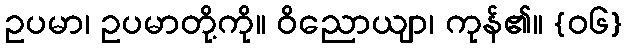
ဥပမာ၊ ဥပမာတို့ကို။ ဝိညောယျာ၊ ကုန်၏။ {၀၆}